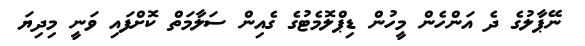
ނޭޕާލުގެ ދެ އަންހެން މީހުން ޑިޕްލޮމެޓުގެ ގެއިން ސަލާމަތް ކޮށްފައި ވަނީ މިދިޔަ